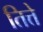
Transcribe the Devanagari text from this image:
तित्ते